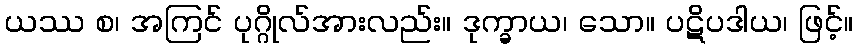
ယဿ စ၊ အကြင် ပုဂ္ဂိုလ်အားလည်း။ ဒုက္ခာယ၊ သော။ ပဋိပဒါယ၊ ဖြင့်။